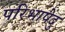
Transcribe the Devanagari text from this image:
परिभाषेदु